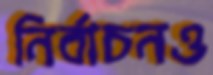
নির্বাচনও